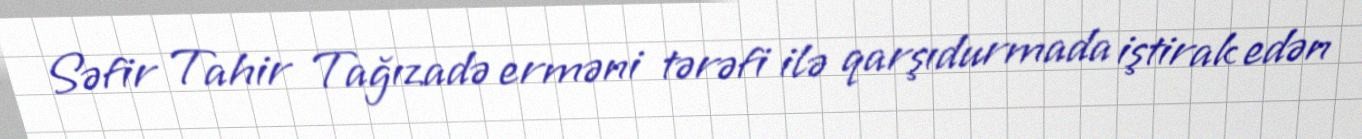
Səfir Tahir Tağızadə erməni tərəfi ilə qarşıdurmada iştirak edən